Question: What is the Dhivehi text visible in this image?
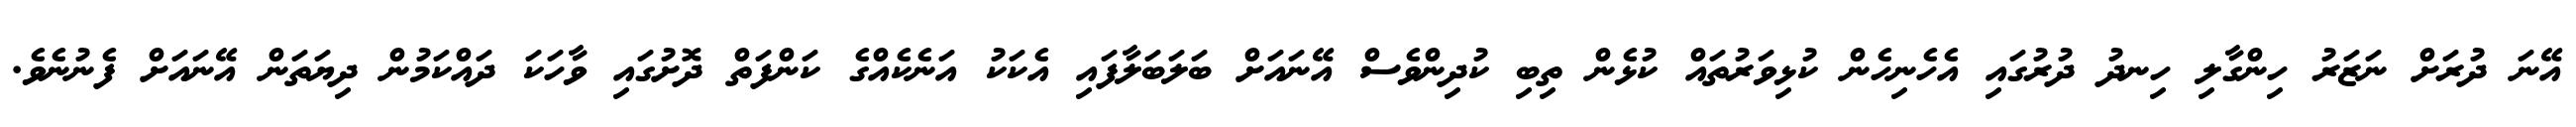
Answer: އޭނަ ދުރަށް ނަޒަރު ހިންގާލި ހިނދު ދުރުގައި އެހެނިހެން ކުޅިވަރުތައް ކުޅެން ތިބި ކުދިންވެސް އޭނައަށް ބަލަބަލާފައި އެކަކު އަނެކެއްގެ ކަންފަތް ދޮށުގައި ވާހަކަ ދައްކަމުން ދިޔަތަން އޭނައަށް ފެނުނެވެ.